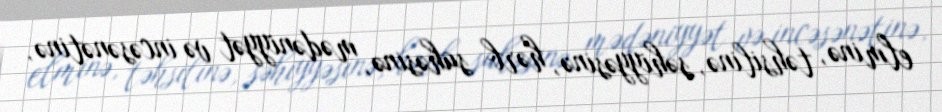
elminə, təhsilinə, səhiyyəsinə, hərb sahəsinə, mədəniyyət və incəsənətinə,